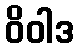
ဝိဝါဒ